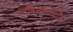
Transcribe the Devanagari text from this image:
विविधोपचारैः